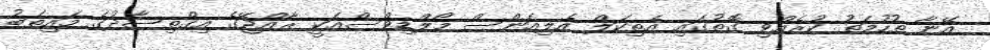
އޭނާ ތުހުމަތު ކުރެއްވި ގޮތުގައި އެތިކަލް އެލިއަންސް މޯލްޑިވްސްއަކީ ރާއްޖޭގެ އިގްތިސާދުގެ މައިތަބު